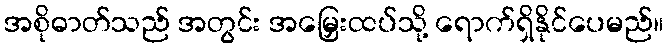
အစိုဓာတ်သည် အတွင်း အမြှေးထပ်သို့ ရောက်ရှိနိုင်ပေမည်။